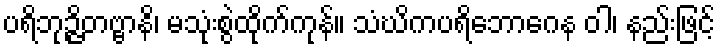
ပရိဘုဉ္ဇိတဗ္ဗာနိ၊ မသုံးစွဲထိုက်ကုန်။ သံဃိကပရိဘောဂေန ဝါ၊ နည်းဖြင့်